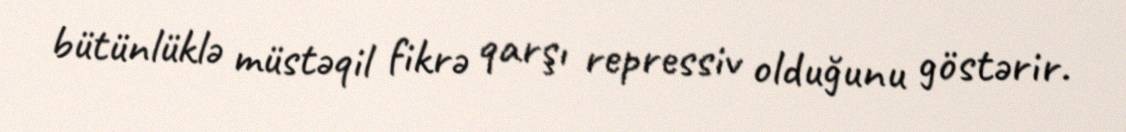
bütünlüklə müstəqil fikrə qarşı repressiv olduğunu göstərir.